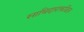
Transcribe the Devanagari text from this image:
साथिदाराकडिल